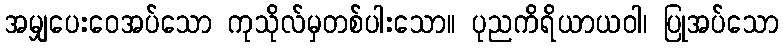
အမျှပေးဝေအပ်သော ကုသိုလ်မှတစ်ပါးသော။ ပုညကိရိယာယဝါ၊ ပြုအပ်သော